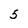
Character: 5